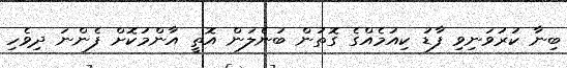
ބިނާ ކުރުވަނިވި ފާޑު ކިއުމެއްގެ ގޮތުން ބުނެލަން އޮތީ އާންމުކޮށް ފެންނަ ދިވެހި